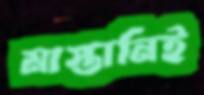
মাস্তানিই